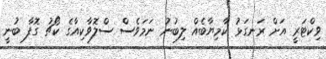
ވިކްޓަރީ އަށް ރަނގަޅު ކާމިޔާބެއް ލިބުނު ނަމަވެސް ސްލޮވާކިއާގެ ކޯޗު ގޮފާ ބުނީ